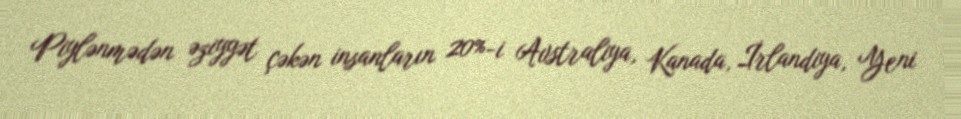
Piylənmədən əziyyət çəkən insanların 20%-i Avstraliya, Kanada, İrlandiya, Yeni